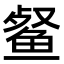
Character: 𮬞